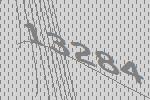
13284